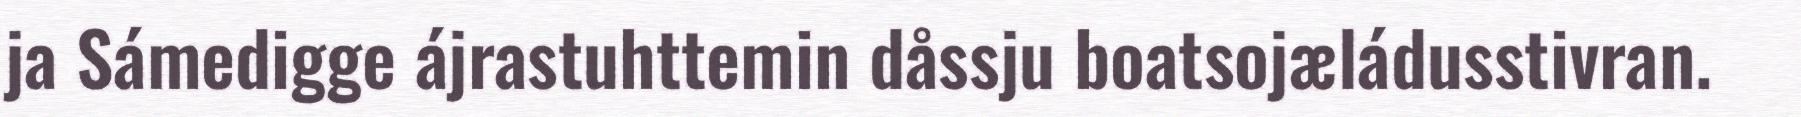
ja Sámedigge ájrastuhttemin dåssju boatsojæládusstivran.